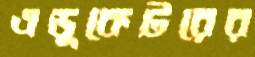
এডুকেটরের